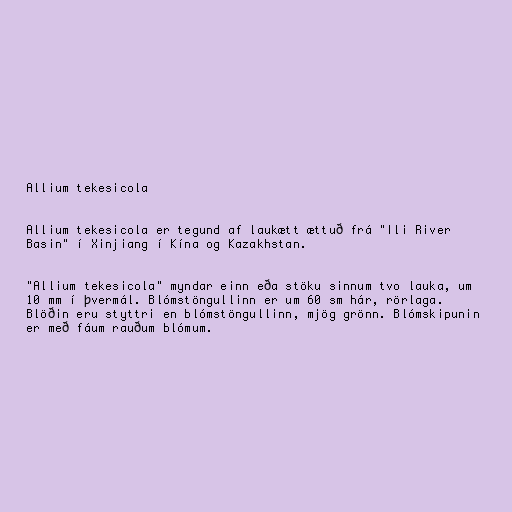
Allium tekesicola

Allium tekesicola er tegund af laukætt ættuð frá "Ili River
Basin" í Xinjiang í Kína og Kazakhstan.

"Allium tekesicola" myndar einn eða stöku sinnum tvo lauka, um
10 mm í þvermál. Blómstöngullinn er um 60 sm hár, rörlaga.
Blöðin eru styttri en blómstöngullinn, mjög grönn. Blómskipunin
er með fáum rauðum blómum.